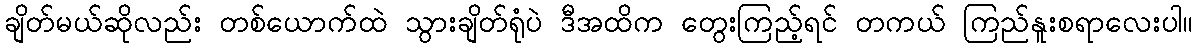
ချိတ်မယ်ဆိုလည်း တစ်ယောက်ထဲ သွားချိတ်ရုံပဲ ဒီအထိက တွေးကြည့်ရင် တကယ် ကြည်နူးစရာလေးပါ။